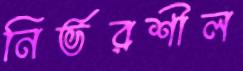
নির্ভরশীল